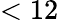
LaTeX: <12